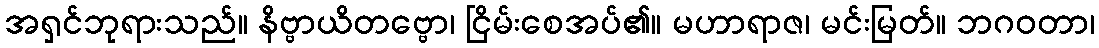
အရှင်ဘုရားသည်။ နိဗ္ဗာယိတဗ္ဗော၊ ငြိမ်းစေအပ်၏။ မဟာရာဇ၊ မင်းမြတ်။ ဘဂဝတာ၊